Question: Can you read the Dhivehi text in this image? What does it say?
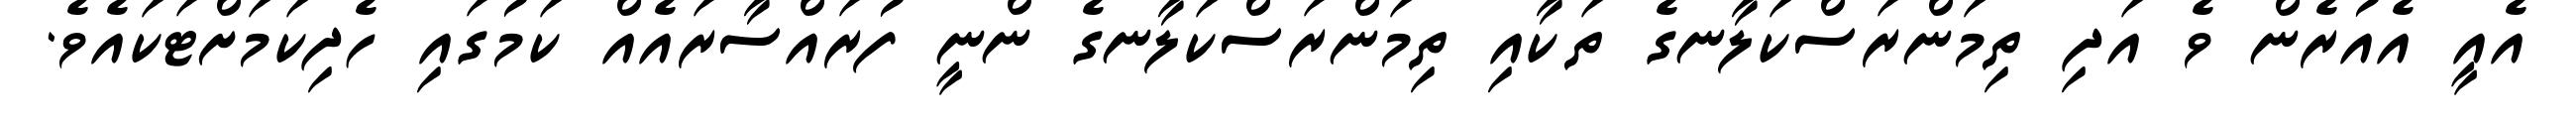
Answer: އެއީ އެއުރެން ވެ އަދި ތިމަންރަސްކަލާނގެ ތަކާއި ތިމަންރަސްކަލާނގެ ންނީ ފުރައްސާރައެއް ކަމުގައި ހެދިކަމަށްޓަކައެވެ.